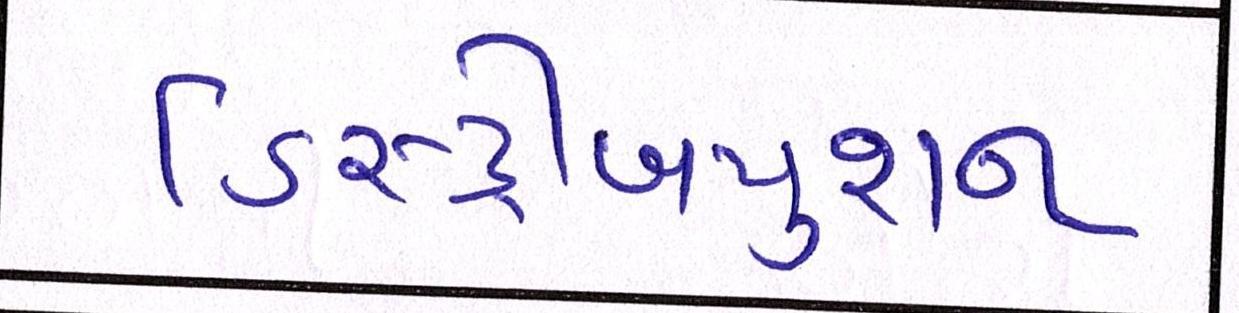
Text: ડિસ્ટ્રીબયુશન